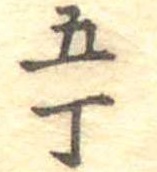
五丁